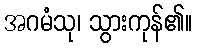
အဂမံသု၊ သွားကုန်၏။